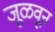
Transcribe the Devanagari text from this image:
जूळवून